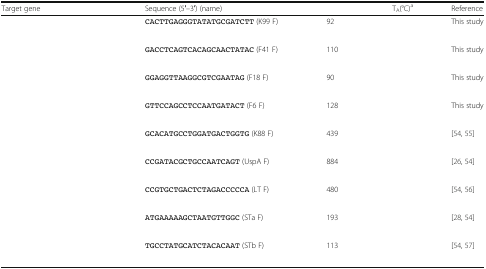
<table><thead><tr><td><b>Target gene</b></td><td><b>Sequence (5′--3′) (name)</b></td><td>[EMPTY_CELL]</td><td><b>T<sub>A</sub>(°C)<sup>a</sup></b></td><td><b>Reference</b></td></tr></thead><tbody><tr><td rowspan="2">[EMPTY_CELL]</td><td>CACTTGAGGGTATATGCGATCTT (K99 F)</td><td rowspan="2">92</td><td rowspan="2">[EMPTY_CELL]</td><td rowspan="2">This study</td></tr><tr><td>[EMPTY_CELL]</td></tr><tr><td rowspan="2">[EMPTY_CELL]</td><td>GACCTCAGTCACAGCAACTATAC (F41 F)</td><td rowspan="2">110</td><td rowspan="2">[EMPTY_CELL]</td><td rowspan="2">This study</td></tr><tr><td>[EMPTY_CELL]</td></tr><tr><td rowspan="2">[EMPTY_CELL]</td><td>GGAGGTTAAGGCGTCGAATAG (F18 F)</td><td rowspan="2">90</td><td rowspan="2">[EMPTY_CELL]</td><td rowspan="2">This study</td></tr><tr><td>[EMPTY_CELL]</td></tr><tr><td rowspan="2">[EMPTY_CELL]</td><td>GTTCCAGCCTCCAATGATACT (F6 F)</td><td rowspan="2">128</td><td rowspan="2">[EMPTY_CELL]</td><td rowspan="2">This study</td></tr><tr><td>[EMPTY_CELL]</td></tr><tr><td rowspan="2">[EMPTY_CELL]</td><td>GCACATGCCTGGATGACTGGTG (K88 F)</td><td rowspan="2">439</td><td rowspan="2">[EMPTY_CELL]</td><td rowspan="2">[54, 55]</td></tr><tr><td>[EMPTY_CELL]</td></tr><tr><td rowspan="2">[EMPTY_CELL]</td><td>CCGATACGCTGCCAATCAGT (UspA F)</td><td rowspan="2">884</td><td rowspan="2">[EMPTY_CELL]</td><td rowspan="2">[26, 54]</td></tr><tr><td>[EMPTY_CELL]</td></tr><tr><td rowspan="2">[EMPTY_CELL]</td><td>CCGTGCTGACTCTAGACCCCCA (LT F)</td><td rowspan="2">480</td><td rowspan="2">[EMPTY_CELL]</td><td rowspan="2">[54, 56]</td></tr><tr><td>[EMPTY_CELL]</td></tr><tr><td rowspan="2">[EMPTY_CELL]</td><td>ATGAAAAAGCTAATGTTGGC (STa F)</td><td rowspan="2">193</td><td rowspan="2">[EMPTY_CELL]</td><td rowspan="2">[28, 54]</td></tr><tr><td>[EMPTY_CELL]</td></tr><tr><td rowspan="2">[EMPTY_CELL]</td><td>TGCCTATGCATCTACACAAT (STb F)</td><td rowspan="2">113</td><td rowspan="2">[EMPTY_CELL]</td><td rowspan="2">[54, 57]</td></tr><tr><td>[EMPTY_CELL]</td></tr></tbody></table>